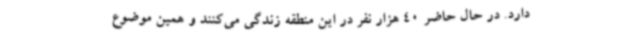
دارد. در حال حاضر 40 هزار نفر در این منطقه زندگی می‌کنند و همین موضوع